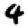
Digit: 4